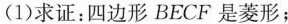
(1)求证：四边形BECF是菱形；